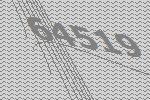
64519